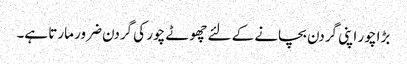
بڑا چور اپنی گردن بچانے کے لئے چھوٹے چور کی گردن ضرور مارتا ہے۔